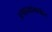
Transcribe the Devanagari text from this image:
उत्पादकांमधील